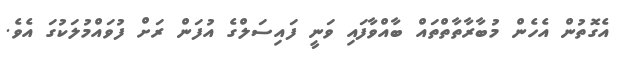
އެގޮތުން އެހެން މުބާރާތާތްތައް ބާއްވާފައި ވަނީ ފައިސަލްގެ އުފަން ރަށް ފުވައްމުލަކުގަ އެވެ.